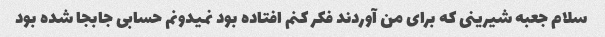
سلام جعبه شیرینی که برای من آوردند فکر کنم افتاده بود نمیدونم حسابی جابجا شده بود